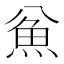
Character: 𱆣